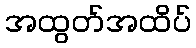
အထွတ်အထိပ်